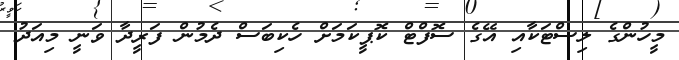
މީހުންގެ ލިސްޓަކާއި އޭގެ ސޮފްޓް ކޮޕީކަމަށް ހެކިބަސް ދެމުން ފަރީދާ ވަނީ މިއަދު